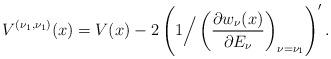
LaTeX: \begin{gather*} V^{( \nu _{1},\nu _{1}) }(x) =V(x) -2\left( 1\Big/\left( \frac{\partial w_{\nu }(x)}{\partial E_{\nu }}\right) _{\nu =\nu _{1}}\right) ^{\prime }. \end{gather*}